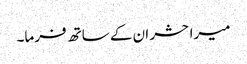
میرا حشر ان کے ساتھ فرما۔